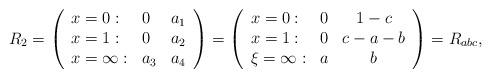
LaTeX: \begin{align*} R_2=\left(\begin{array}{lll}x=0:&0&a_1\\ x=1:&0&a_2\\ x=\infty:&a_3&a_4\end{array}\right)= \left(\begin{array}{llc}x=0:&0&1-c\\ x=1:&0&c-a-b\\ \xi=\infty:&a&b\end{array}\right)= R_{abc}, \end{align*}